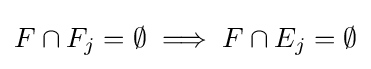
F\cap F_{j}=\emptyset \implies F\cap E_{j}=\emptyset